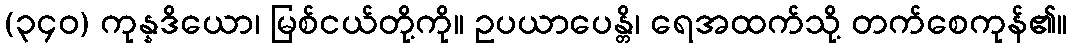
(၃၄၀) ကုန္နဒိယော၊ မြစ်ငယ်တို့ကို။ ဥပယာပေန္တိ၊ ရေအထက်သို့ တက်စေကုန်၏။